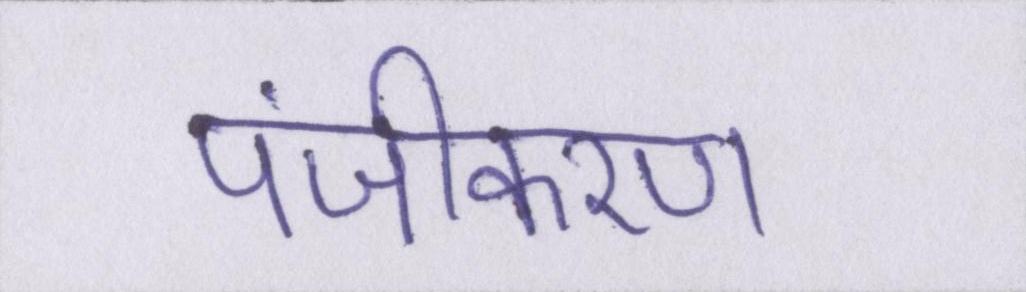
पंजीकरण